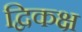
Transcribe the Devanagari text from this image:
द्विकक्ष